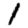
Digit: 1